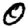
Digit: 0